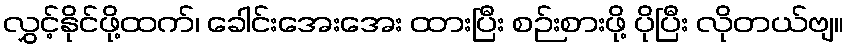
လွှင့်နိုင်ဖို့ထက်၊ ခေါင်းအေးအေး ထားပြီး စဉ်းစားဖို့ ပိုပြီး လိုတယ်ဗျ။